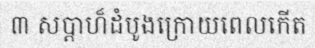
៣ សប្តាហ៏ដំបូងក្រោយពេលកើត